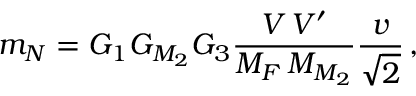
m _ { N } = G _ { 1 } G _ { { \cal M } _ { 2 } } G _ { 3 } \frac { V \, V ^ { \prime } } { M _ { F } \, M _ { { \cal M } _ { 2 } } } \frac { v } { \sqrt { 2 } } \, ,